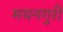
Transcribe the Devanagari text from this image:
मयनगुरी